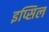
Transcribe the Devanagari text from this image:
इप्सिल